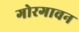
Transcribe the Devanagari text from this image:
गोरगावन